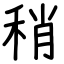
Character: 稍